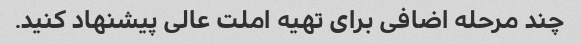
چند مرحله اضافی برای تهیه املت عالی پیشنهاد کنید.